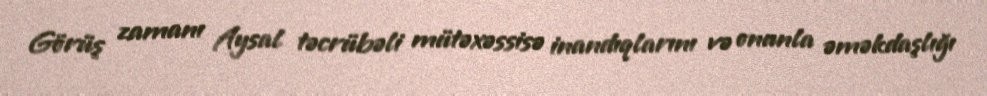
Görüş zamanı Aysal təcrübəli mütəxəssisə inandıqlarını və onunla əməkdaşlığı